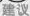
建设